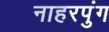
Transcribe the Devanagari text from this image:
नाहरपुंग